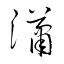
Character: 瀟